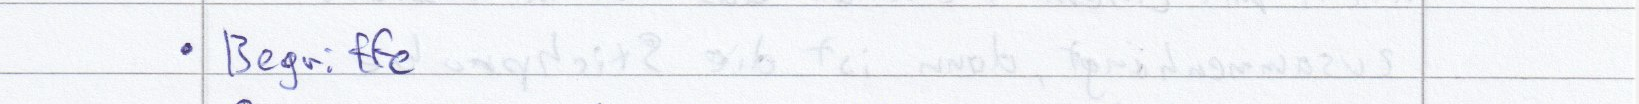
Begriffe